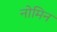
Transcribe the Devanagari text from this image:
नोमिन